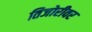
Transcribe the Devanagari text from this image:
तिजोरीवर